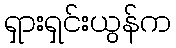
ရှားရှင်းယွန်က